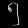
Digit: ၅